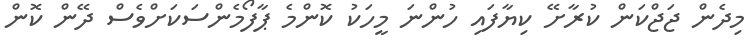
މިދެން ޖަޖްކަން ކުރާށޭ ކިޔާފައި ހުންނަ މީހަކު ކޮންމެ ޕާފޯމެންސަކަށްވެސް ދޭން ކޮން